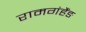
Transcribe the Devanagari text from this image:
रामगंहैंङ